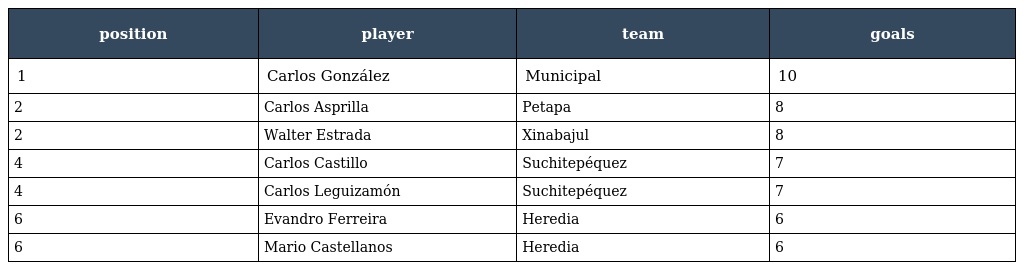
| position | player | team | goals |
 | --- | --- | --- | --- |
 | 1 | Carlos González | Municipal | 10 |
 | 2 | Carlos Asprilla | Petapa | 8 |
 | 2 | Walter Estrada | Xinabajul | 8 |
 | 4 | Carlos Castillo | Suchitepéquez | 7 |
 | 4 | Carlos Leguizamón | Suchitepéquez | 7 |
 | 6 | Evandro Ferreira | Heredia | 6 |
 | 6 | Mario Castellanos | Heredia | 6 |